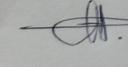
Signature authenticity: genuine